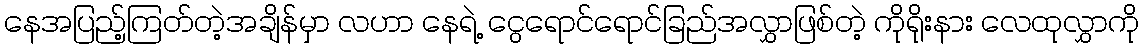
နေအပြည့်ကြတ်တဲ့အချိန်မှာ လဟာ နေရဲ့ ငွေရောင်ရောင်ခြည်အလွှာဖြစ်တဲ့ ကိုရိုးနား လေထုလွှာကို